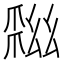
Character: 𢇏